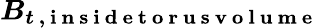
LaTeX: \boldsymbol{B_{t\mathrm{~,~i~n~s~i~d~e~t~o~r~u~s~v~o~l~u~m~e~}}}